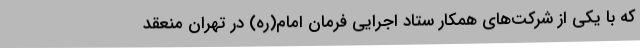
که با یکی از شرکت‌های همکار ستاد اجرایی فرمان امام(ره) در تهران منعقد